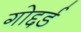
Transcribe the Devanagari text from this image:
गोद्दर्ड